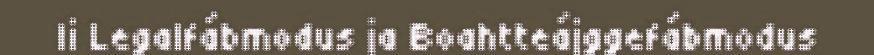
li Legalfábmodus ja Boahtteájggefábmodus